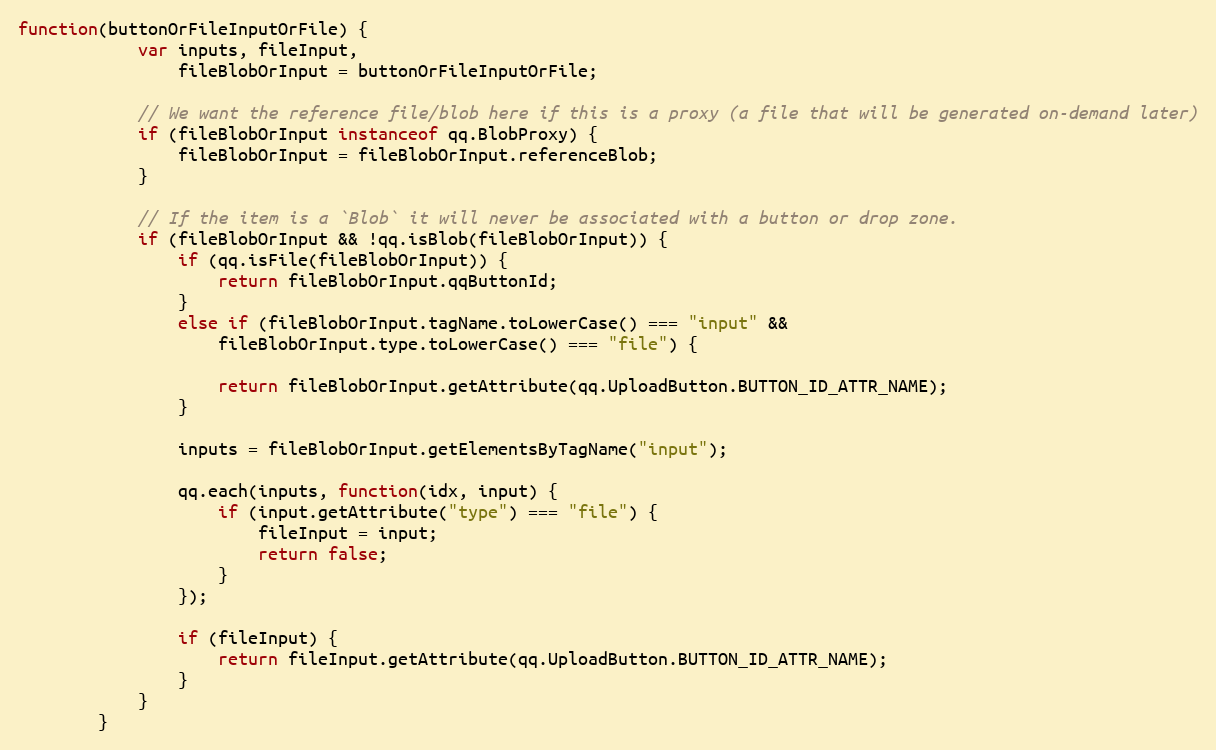
Language: JavaScript
function(buttonOrFileInputOrFile) {
            var inputs, fileInput,
                fileBlobOrInput = buttonOrFileInputOrFile;

            // We want the reference file/blob here if this is a proxy (a file that will be generated on-demand later)
            if (fileBlobOrInput instanceof qq.BlobProxy) {
                fileBlobOrInput = fileBlobOrInput.referenceBlob;
            }

            // If the item is a `Blob` it will never be associated with a button or drop zone.
            if (fileBlobOrInput && !qq.isBlob(fileBlobOrInput)) {
                if (qq.isFile(fileBlobOrInput)) {
                    return fileBlobOrInput.qqButtonId;
                }
                else if (fileBlobOrInput.tagName.toLowerCase() === "input" &&
                    fileBlobOrInput.type.toLowerCase() === "file") {

                    return fileBlobOrInput.getAttribute(qq.UploadButton.BUTTON_ID_ATTR_NAME);
                }

                inputs = fileBlobOrInput.getElementsByTagName("input");

                qq.each(inputs, function(idx, input) {
                    if (input.getAttribute("type") === "file") {
                        fileInput = input;
                        return false;
                    }
                });

                if (fileInput) {
                    return fileInput.getAttribute(qq.UploadButton.BUTTON_ID_ATTR_NAME);
                }
            }
        }